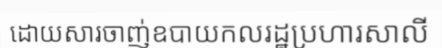
ដោយសារចាញ់ឧបាយកលរដ្ឋប្រហារសាលី